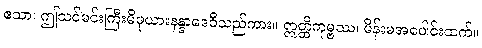
ဧသာ၊ ဤသင်မင်းကြီးမိဖုယားနန္ဒာဒေဝီသည်ကား။ ဣတ္ထိကုမ္ဗဿ၊ မိန်းမအပေါင်းထက်။